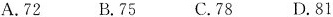
A. 72 B. 75C. 78 D. 81